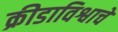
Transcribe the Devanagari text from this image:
क्रीडाविश्वाचे